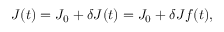
J ( t ) = J _ { 0 } + \delta J ( t ) = J _ { 0 } + \delta J f ( t ) ,